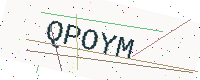
Text: QPOYM